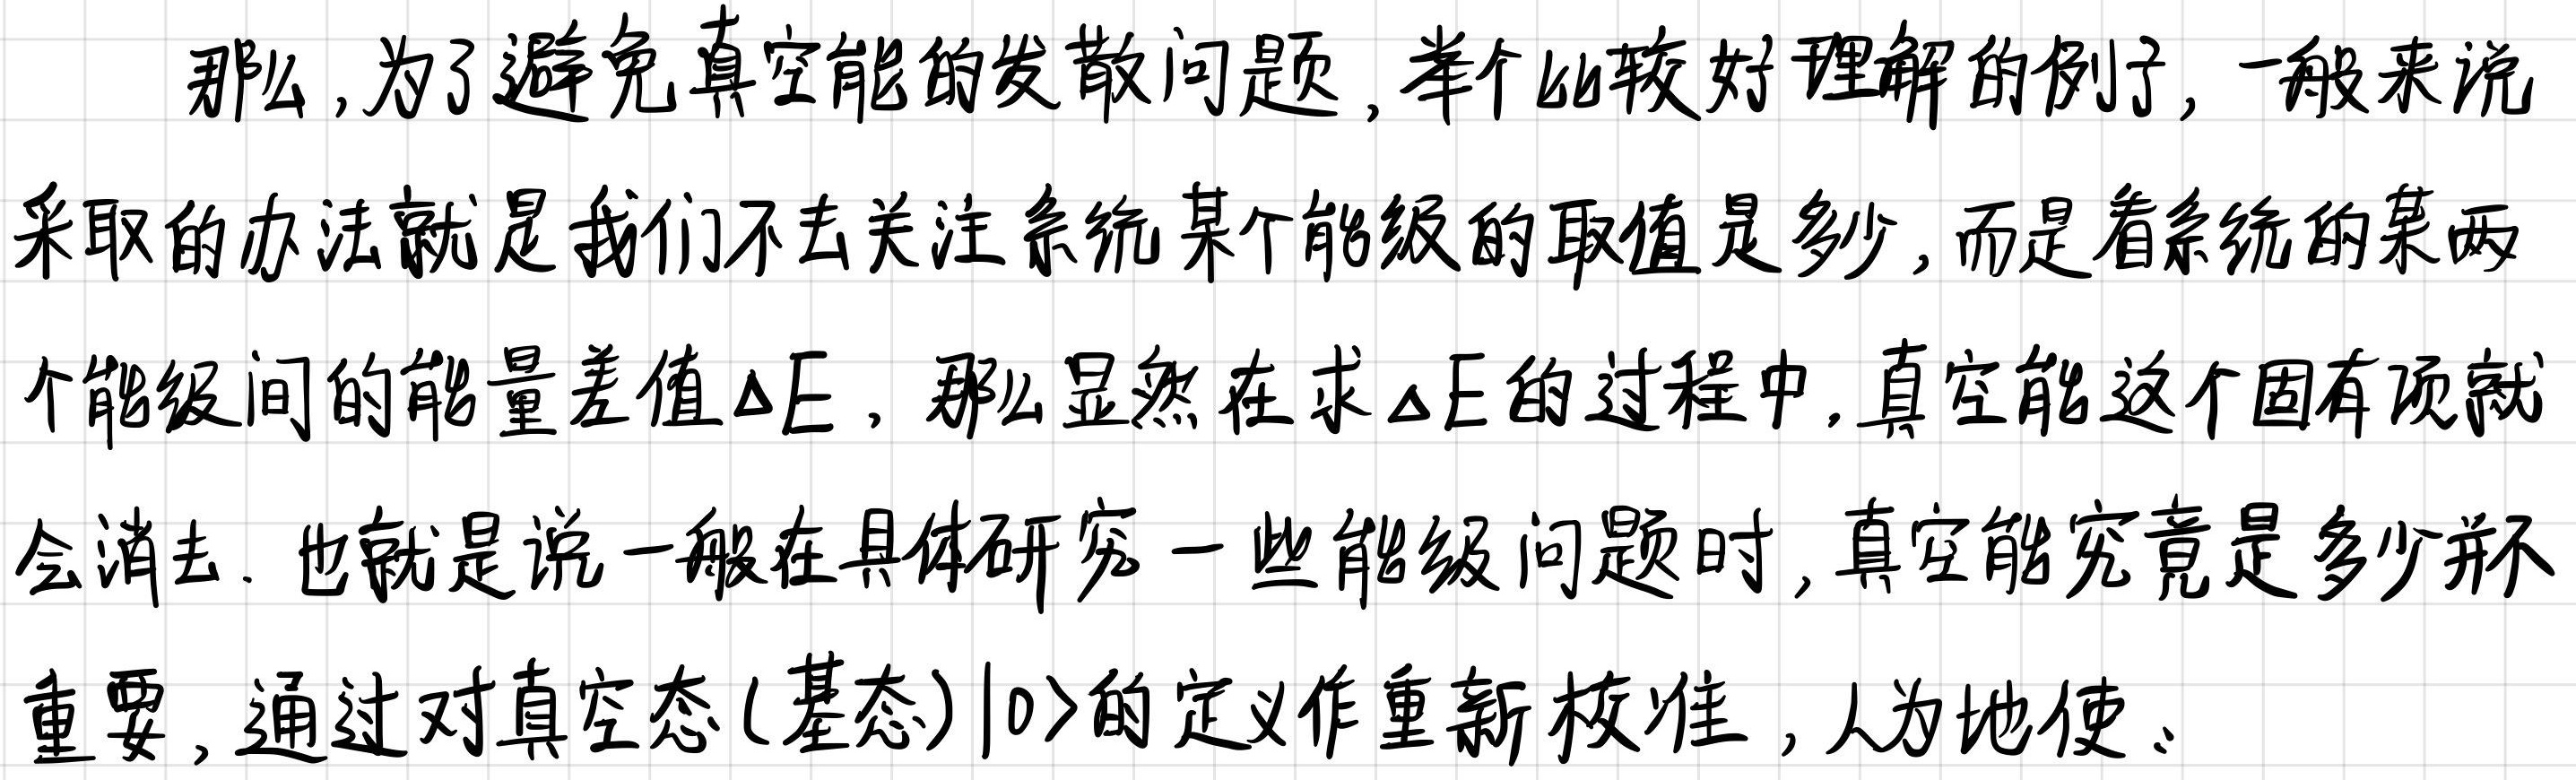
那么,为了避免真空能的发散问题,举个比较好理解的例子,一般来说采取的办法就是我们不去关注系统某个能级的取值是多少,而是看系统的某两个能级间的能量差值$\Delta E$,那么显然在求$\Delta E$的过程中,真空能这个固有项就会消去.也就是说一般在具体研究一些能级问题时,真空能究竟是多少并不重要,通过对真空态(基态)$|0\rangle$的定义作重新校准,人为地使、